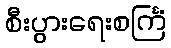
စီးပွားရေးစင်္ကြံ